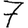
Digit: 7